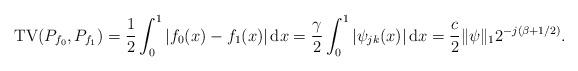
LaTeX: \begin{align*}\mathrm{TV}(P_{f_0},P_{f_1}) = \frac{1}{2}\int_{0}^1 |f_0(x) - f_1(x)|\,\mathrm{d}x = \frac{\gamma}{2}\int_{0}^1 |\psi_{jk}(x)|\,\mathrm{d}x = \frac{c}{2}\|\psi\|_12^{-j(\beta+1/2)}. \end{align*}